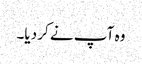
وہ آپ نے کر دیا۔